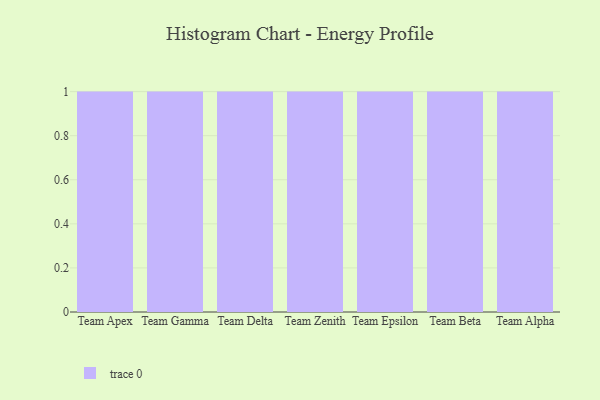
{"axis": {"x": "Team", "y": "Bounce Rate (%)"}, "legend": [""], "data": [{"x": "Team Apex", "y": 22, "type": ""}, {"x": "Team Gamma", "y": 68, "type": ""}, {"x": "Team Delta", "y": 50, "type": ""}, {"x": "Team Zenith", "y": 40, "type": ""}, {"x": "Team Epsilon", "y": 20, "type": ""}, {"x": "Team Beta", "y": 8, "type": ""}, {"x": "Team Alpha", "y": 26, "type": ""}]}